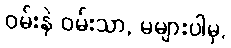
ဝမ်းနဲ ဝမ်းသာ, မများပါမှ,